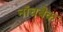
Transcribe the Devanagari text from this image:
नॉचबैक